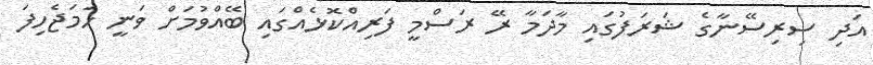
އަދި ސިރިސޭނާގެ ޝަރަފުގައި މާދަމާ ރޭ ރަސްމީ ފަރިއްކޮޅެއްގައި ބޭއްވުމަށް ވަނީ ހަމަޖެހިފަ